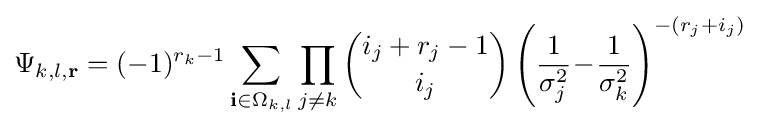
\Psi _{k,l,\mathbf {r} }=(-1)^{r_{k}-1}\sum _{\mathbf {i} \in \Omega _{k,l}}\prod _{j\neq k}{\binom {i_{j}+r_{j}-1}{i_{j}}}\left({\frac {1}{\sigma _{j}^{2}}}\!-\!{\frac {1}{\sigma _{k}^{2}}}\right)^{-(r_{j}+i_{j})}